Report on sanitation, dispensaries, and jails in Rajputana for 1909, and on vaccination for the year 1909-1910 - 1909-1910
Year: 1909
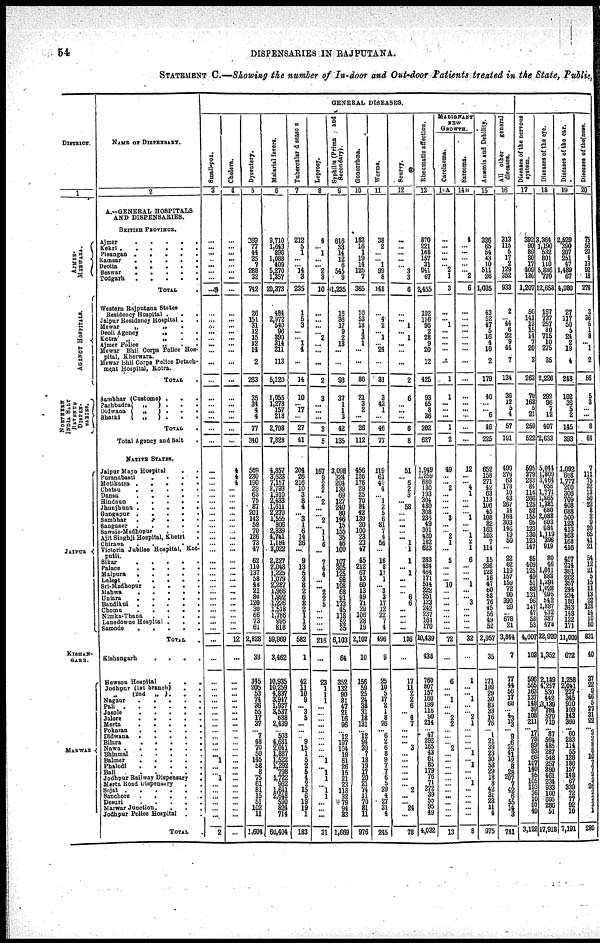
54
DISPENSARIES IN RAJPUTANA.
STATEMENT C.—Showing the number of In-door and Out-door Patients treated in the State, Public,
DISTRICT.
1
AJMER¬
MERWARA
AGENCY HOSPITAL.
NORTHERN
INDIA SALT
REVENUE
DISPEN¬
SARIES.
JAIPUR
KISHAN¬
GARH.
MARWAR
NAME OF DISPENSARY.
2
A.—GENERAL HOSPITALS
AND DISPENSARIES.
BRITISH PROVINCE.
Ajmer . . . . .
Kekri
.
.
.
.
.
.
Pisangan .
.
.
.
.
Ramsar
.
.
.
.
.
Deoils
.
.
.
.
.
Beawar
.
.
.
.
.
Todgarh
.
.
.
.
.
TOTAL .
Western Rajputana States
Residency Hospital . . .
Jaipur Residency Hospital .
.
Mewar „ „ .
Deoli Agency
„ . .
Kotra „
„
.
.
Ajmer Police „ . .
Mewar Bhil Corps Police Hos¬
pital, Kherwara.
Mewar Bhil Corps Police Detach¬
ment Hospital, Kotra.
TOTAL .
Sambhar (Costoms) . .
Pachbadra( „
) . .
Didwana ( „
) .
.
.
Bhatki
( „
) . . .
TOTAL
.
Total Agency and Salt .
NATIVE STATES.
Jaipur Mayo Hospital
.
.
Puranabasti
.
.
.
.
Motikatra
.
.
.
.
.
Chetsu
.
.
.
.
.
Dansu
.
.
.
.
.
Hindnun
.
.
.
.
.
Jhunjhunu .
.
.
.
.
Gangapur
.
.
.
.
.
Sambhar
.
.
.
. .
Sanganer
.
.
.
.
.
Sawaie-Madhopur
.
.
.
Ajit Singhji Hospital, Khetri .
Chirawa
.
.
.
.
.
Victoria Jubllee Hospital, Kot¬
putli.
Sikar
.
.
.
.
.
Palace
.
.
.
.
.
Melpera
.
.
.
.
.
Lalaot
.
.
.
.
.
Sri-Madhopur
.
.
.
.
Mahwa
.
.
.
.
.
Uniara
.
.
.
.
.
Bandikui
.
.
.
.
.
Chomu
.
.
.
.
.
Nimka-Thana
.
.
.
.
Lansdowne Hospital . . .
Samode
.
.
.
.
.
TOTAL .
Kishangarh . . . .
Hewson Hospital
.
.
.
Jodhpur (1st branch)
.
.
„ (2nd
„ ). . .
Nagaur
.
.
.
.
.
Pali
.
.
.
.
.
.
Jasole
.
.
.
.
.
Jalore
.
.
.
.
.
Merta
.
.
.
.
.
Pokaran
.
.
.
.
.
Didwana
.
.
.
.
.
Bilara
.
.
.
.
.
Nawa
.
.
.
.
.
.
Bhinmal
.
.
.
.
.
Balmer
.
.
.
.
.
Phalodi
.
.
.
.
.
Ball
.
.
.
.
.
.
Jodhpur Railway Dispensary
.
Merta Road Dispensary
. .
Sojat
.
.
.
.
.
.
Sanchore
.
.
.
.
.
Desuri
.
.
.
.
.
Marwar Junction. . . .
Jodhpur Police Hospital . .
TOTAL
GENERAL DISEASES.
Small-pox.
3
...
... ...
... ...
...
...
...
...
...
... ...
... ...
...
...
...
...
... ...
...
...
...
...
...
...
...
...
...
...
...
...
...
...
...
...
...
...
...
...
...
...
...
...
...
...
...
...
...
...
...
...
...
...
...
...
...
...
...
...
... ...
... ... 1
...
... 1
...
...
...
...
...
...
2
Cholera.
4
...
...
... ...
...
... ...
...
...
...
...
...
...
...
...
...
...
...
...
...
...
...
...
4
4
4
...
...
...
...
...
...
...
...
...
...
...
...
...
...
...
...
...
...
...
...
...
...
...
12
...
...
...
... ...
...
...
...
...
...
...
...
...
...
...
...
...
...
...
...
...
...
...
...
...
Dysentery.
5
269
77
44
25
7
288
32
742
28
151
31
12
15
12
14
2
263
35
34
4
4
77
340
569
230
190
29 63
75
87
201
143
59
70
126
73
47
62
110
137
58
48
21
80
120
30
66
73
61
2,828
39
345
205
53
74
36
55
17
37
... 7
48
70
50
145
58
8
75
61
81
15
51
102
11
1,604
Malarial fevers.
6
9,710
1,643
896
1,088
409
5,270 1,357
20,373
484
2,972
540
96
390
314
211
113
5,120
1,055
1,278
157
218
2,708
7,828
4,857 3,623
7,157
2,793
1,910
2,433
1,611
2,270
1,555
806
2,839
4,741
1,184
3,022
2,227
2,048
1,225
1,079
2,287
1,966
1,992
1,226
1,518
1,786
996
818
59,969
3,462
10,935
10,259
4,837 3,947
1,937
3,537
688
2,439
...
503
4,681
2,041
1,887 1,522
1, 292 798
1,722
962
1,641
2,648
590
824
714
60,404
Tubercular diseases
7
212
5
1
...
... 14
3
235
1
5
3
...
... 1
1
...
14
10
... 17
...
27
41
204
26
216
10
3
8
4
... 3
1
6
14
26
...
9
13
5
3
8
2
6
8
2
1
1
3
582
1
42
11
10
9
... 3
5
...
...
9
15
1
5
2
5
4
2
15
6
19
19
1
183
Leprosy.
8
4
... 1
...
... 2
3
10
...
...
...
... 2
...
...
...
2
3
...
...
...
3
5
167
9
2
2
... 2
...
... 2
... 1
1
6
...
7
4
4
...
... 2
2
5
...
...
...
...
216
...
23
1
1
1
...
...
...
...
...
...
...
...
... 1
... 1
1
... 1
1
...
... ...
31
Syphilis (Prima
and
Secondary).
9
616
33
14
12
6
545
9
1,235
16
36
17 9
2
13
...
...
83
37
1
1
3
42
135
3,096
324
204
139
69
127
240
80
146
15
155
... 46
100
107
305 125
98
108
68
91
173
45
118
52
35
6,103
64
352
132
90
81
47
21
16
96
...
12
197
104
19
61
26 15
21
23
118
32
79
94
23
1,669
Gonorrhœas.
10
183
16
1
19
14
125
7
365
10
53
18
1
3
1
...
...
86
21
3
2
...
26
112
456
126
176
29
25
70
84
42
139
20
100
23
23
47
45
212
67
43
60
13
49
71
29
106
28
19
2,102
10
156
59
25
24
38
31
18
131
... 12
94
39
7
18
19
17
20
21
74
11
70
81
11
976
Worms.
11
38
2
...
... 1
99
8
148
... 4
2
... 1
... 24
...
31
3
42
1
...
46
77
119
61
40
4
... 1
2
5
6
81
7
4
56
...
16
8
17
1
... 3
3
17 12
22
7
4
496
9
25
10
5
17
2
1
8
26
... 6
2
6
8
9
7
7
6
5
29
4
27
31
4
245
Scurvy.
12
...
...
...
...
... 3
3
6
... ... 1
... 1
...
...
...
2
6
...
...
...
6
8
51
... 6
2
3
... 58
...
... ...
... ... 1
1
1
... 1
...
...
... 6
6
...
...
...
...
136
...
17
11 2
2
6
... 4
7
...
...
... 3
...
...
...
...
...
... 2
...
... 24
...
78
Rheumatic affection.
13
870
221
158
157
31
941
67
2,455
102
156
96
2
28
9
20
12
425
93
65
8
36
202
627
1,949
1,269
680
130
193
304
480
308
236
49
301
420
182
623
283
484
464
171
514
222
251
123
242
237
161
170
10,439
438
760
807
157
160
199
116
90
214
... 47
292
165
43
61
85
179
76
71
272 39
55
95
49
4,032
MALIGNANT
NEW
GROWTH.
Carcinoma.
14A
...
...
... ...
... 2
1
3
...
... 1
...
...
...
...
...
1
1
...
...
...
1
2
49
...
... 2
...
...
...
... 3
...
... 2
1
...
5
...
...
... 10
...
...
...
...
...
...
...
72
...
6
...
... 1
...
... 2
2
...
...
... 2
...
...
...
...
...
...
...
... ...
...
...
13
sarcoma.
14B
4
...
...
...
...
... 2
6
...
...
...
...
...
... ...
...
...
...
...
... ...
...
...
12
...
... 4
1
...
...
...
1 ...
...
1
2
...
6 ...
...
...
...
...
...
...
...
...
...
...
32
...
1
...
... 1
...
... 2
1
...
...
...
... 1
... 1
...
... 1
...
...
...
...
...
8
Anæmia and Debility.
15
326
65
54
43
10
511
26
1,035
43
52
47
5
16
4
10
2
179
40
...
... 6
46
225
652
158
271
42
63
113
106
45
106
82
163
103
7
114
15
298
128
16
47
60
88
76
45
56
49
52
2,957
35
171
199
29
30
83
33
16
76
... 1
21
39
23
30
53
29
18
8
42
31
28
11
4
975
All other
general
diseases.
16
313
115
5
17
2
129
352
933
2
... 44
6
22
9
44
7
134
36
12
5
4
57
191
499
276
63
178
10
43
267
14
168
303
146
19
59
...
22
62
119
157
159
72
90
390
29
... 678
21
3,844
7
77
44
56
17
68
... 43
13 ...
9
6 25 41
12
8
28
207
7
42
6
55
14
3
781
Diseases of the nervous
system.
17
392
90
89
80
17
409
130
1,207
50
141
13
15
14
7
20
3
283
70
163
5
21
259
522
595
379
283
84
116
266
125
52
155
95
123
130
123
147
85
409
125
49
51
83
131
96
147
47
58
53
4,007
103
596
555
163
137
148
39
108
211
...
17
78 89
83
86
107 140
96
105
193 36
10
97
49
3,122
Diseases of the eye.
18
3,364
1,190
532
801
110
5,886
770
12,653
167
737
257
30
715
10
275
35
2,226
292
96
7
12
407
2,633
5,044
1,809
3,464
656
1,771
1,865
1,381
680
2,088
603
984
1,119
396
919
80
46
1,041
883
1,394
1,028
495
642
1,887
432
387
478
32,920
1,352
2,149
4,297
530
442
13,129
784
570
719
... 87
564
485
287
548
257
390
461
234
933
100
605
286
51
17,918
Diseases
of the ear.
19
2,529
390
207
251
47
1,489
67
4,980
27
117
50 5
24
2
19
4
248
102
36
... 2
145
393
1,092
668
1,777
200
306
709
408
688
500
123
413
463
168
416
457
214
391
202
357
244
234
188
343
148
122
171
11,000
672
1,258
2,041
237
345
910
109
143
360
... 60
283
114
55
128
186
157
148
67
339
72
77 92
10
7,191
Diseases of the nose.
20
75
58
20
4
13
92
18
278
3
36
5
1
8
... 1
2
58
5
3
...
...
8
64
7
111
75
32
13
50 22
8
2
9 20
65
41
21
54
12
21 5
15
11
13
22
128
14
10
50
831
40
37 22
9
46
5
27
31
22
... 2
2
8
6
10
7
7 2
3
26 2
2
3
1
280